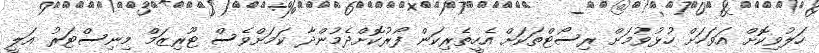
ހަލުވިކޮށް އަވަހަށް ހުޅުވުމަށް ރިސޯޓްތަކަށް އެހީތެރިކަން ފޯރުކޮށްދެމުންދާ ކަމަށްވެސް ޓޫރިޒަމް މިނިސްޓަރު އަލީ